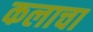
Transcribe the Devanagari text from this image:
कलाचा